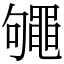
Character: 䵶